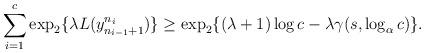
LaTeX: \begin{align*}\sum_{i=1}^c\exp_2\{\lambda L(y_{n_{i-1}+1}^{n_i})\}\ge \exp_2\{(\lambda+1)\log c-\lambda\gamma(s,\log_\alpha c)\}.\end{align*}